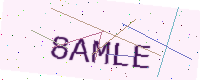
Text: 8AMLE